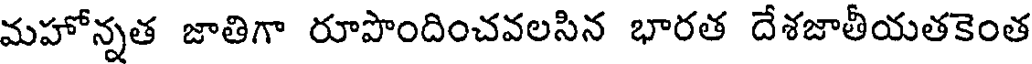
మహోన్నత జాతిగా రూపొందించవలసిన భారత దేశజాతీయతకెంత